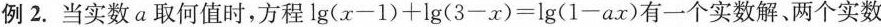
例2.当实数a取何值时，方程$$lg { ( x - 1 ) } + lg { ( 3 - x ) } = lg { ( 1 - a x ) }$$有一个实数解、两个实数